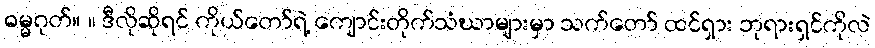
ဓမ္မဂုတ်။ ။ ဒီလိုဆိုရင် ကိုယ်တော်ရဲ့ ကျောင်းတိုက်သံဃာများမှာ သက်တော် ထင်ရှား ဘုရားရှင်ကိုလဲ